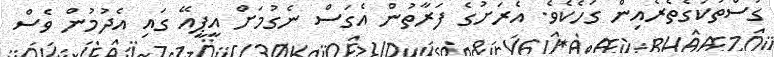
ގަސްތަކުގެތެރެއިން ގަހެކެވެ. އެރަށުގެ ފަރާތުން އެގަސް ނެގުމަށް އީޕީއޭ ގައި އެދުމުން ވެސް